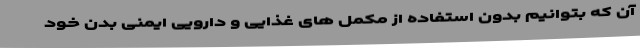
آن که بتوانیم بدون استفاده از مکمل های غذایی و دارویی ایمنی بدن خود